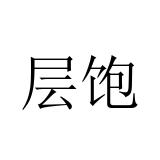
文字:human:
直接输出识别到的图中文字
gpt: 层饱